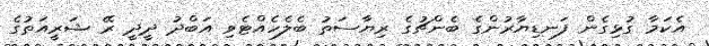
އެކަމާ ގުޅިގެން ފަނޑިޔާރުންގެ ބެންޗުގެ ރިޔާސަތު ބެލެހެއްޓެވި އަބްދު ދީދީ ރޭ ޝަރީއަތުގެ